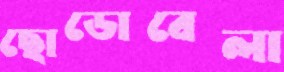
ছোডোবেলা